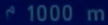
1000 m